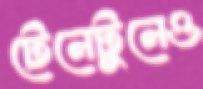
টেনেটুনেও